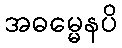
အဓမ္မေနပိ